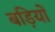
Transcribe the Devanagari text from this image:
बड़ियों